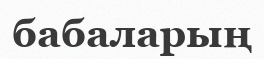
бабаларың